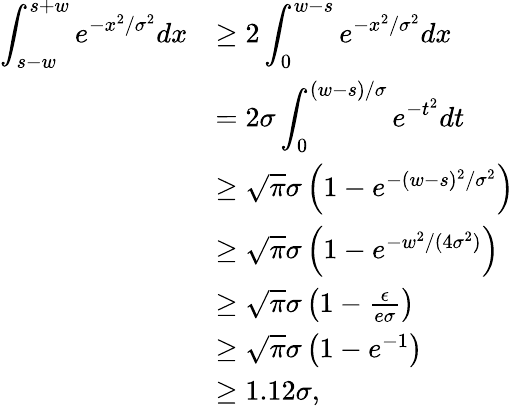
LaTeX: \begin{array}{rl}{\displaystyle\int_{s-w}^{s+w}e^{-x^{2}/\sigma^{2}}dx}&{\ge 2\displaystyle\int_{0}^{w-s}e^{-x^{2}/\sigma^{2}}dx}\\ &{=2\sigma\displaystyle\int_{0}^{(w-s)/\sigma}e^{-t^{2}}dt}\\ &{\ge\sqrt{\pi}\sigma\left(1-e^{-(w-s)^{2}/\sigma^{2}}\right)}\\ &{\ge\sqrt{\pi}\sigma\left(1-e^{-w^{2}/(4\sigma^{2})}\right)}\\ &{\ge\sqrt{\pi}\sigma\left(1-\frac{\epsilon}{e\sigma}\right)}\\ &{\ge\sqrt{\pi}\sigma\left(1-e^{-1}\right)}\\ &{\ge 1.12\sigma,}\end{array}